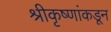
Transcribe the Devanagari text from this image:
श्रीकृष्णांकडून